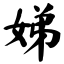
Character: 娣